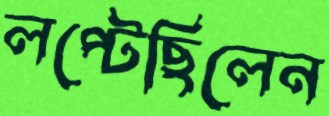
লপ্‌টেছিলেন